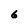
Character: 6